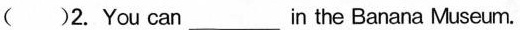
( )2. You can___in the Banana Museum.